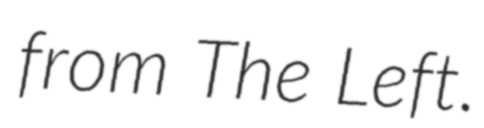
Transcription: from The Left.